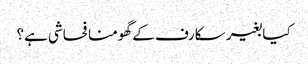
کیا بغیر سکارف کے گھومنا فحاشی ہے؟